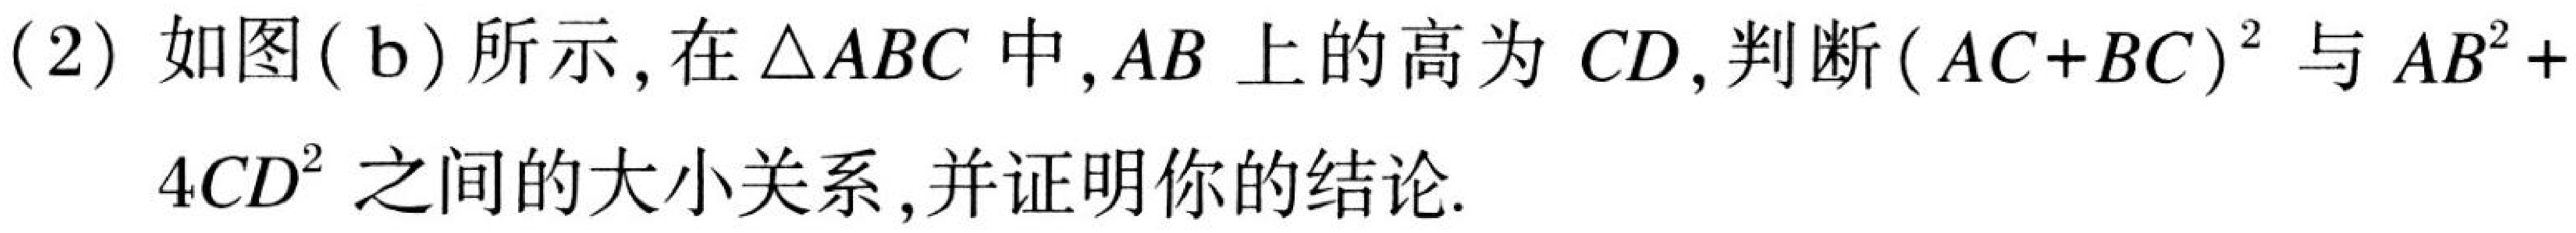
(2) 如图(b)所示, 在\(\triangle ABC\)中, \(AB\)上的高为\(CD\), 判断\((AC + BC)^{2}\)与\(AB^{2}+4CD^{2}\)之间的大小关系, 并证明你的结论.